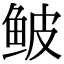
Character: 鲏